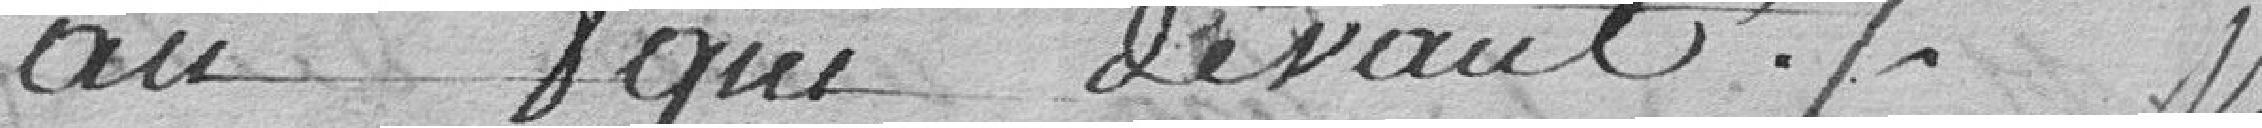
an que devant.